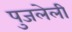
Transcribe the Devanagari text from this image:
पुजलेली